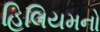
હિલિયમનો